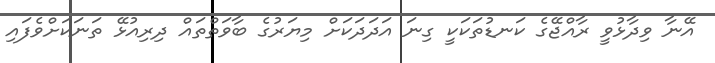
އޭނާ ވިދާޅުވީ ރާއްޖޭގެ ކަނޑުތަކަކީ ގިނަ އަދަދަކަށް މިޔަރުގެ ބާވަތްތައް ދިރިއުޅޭ ތަނަކަށްވެފައި